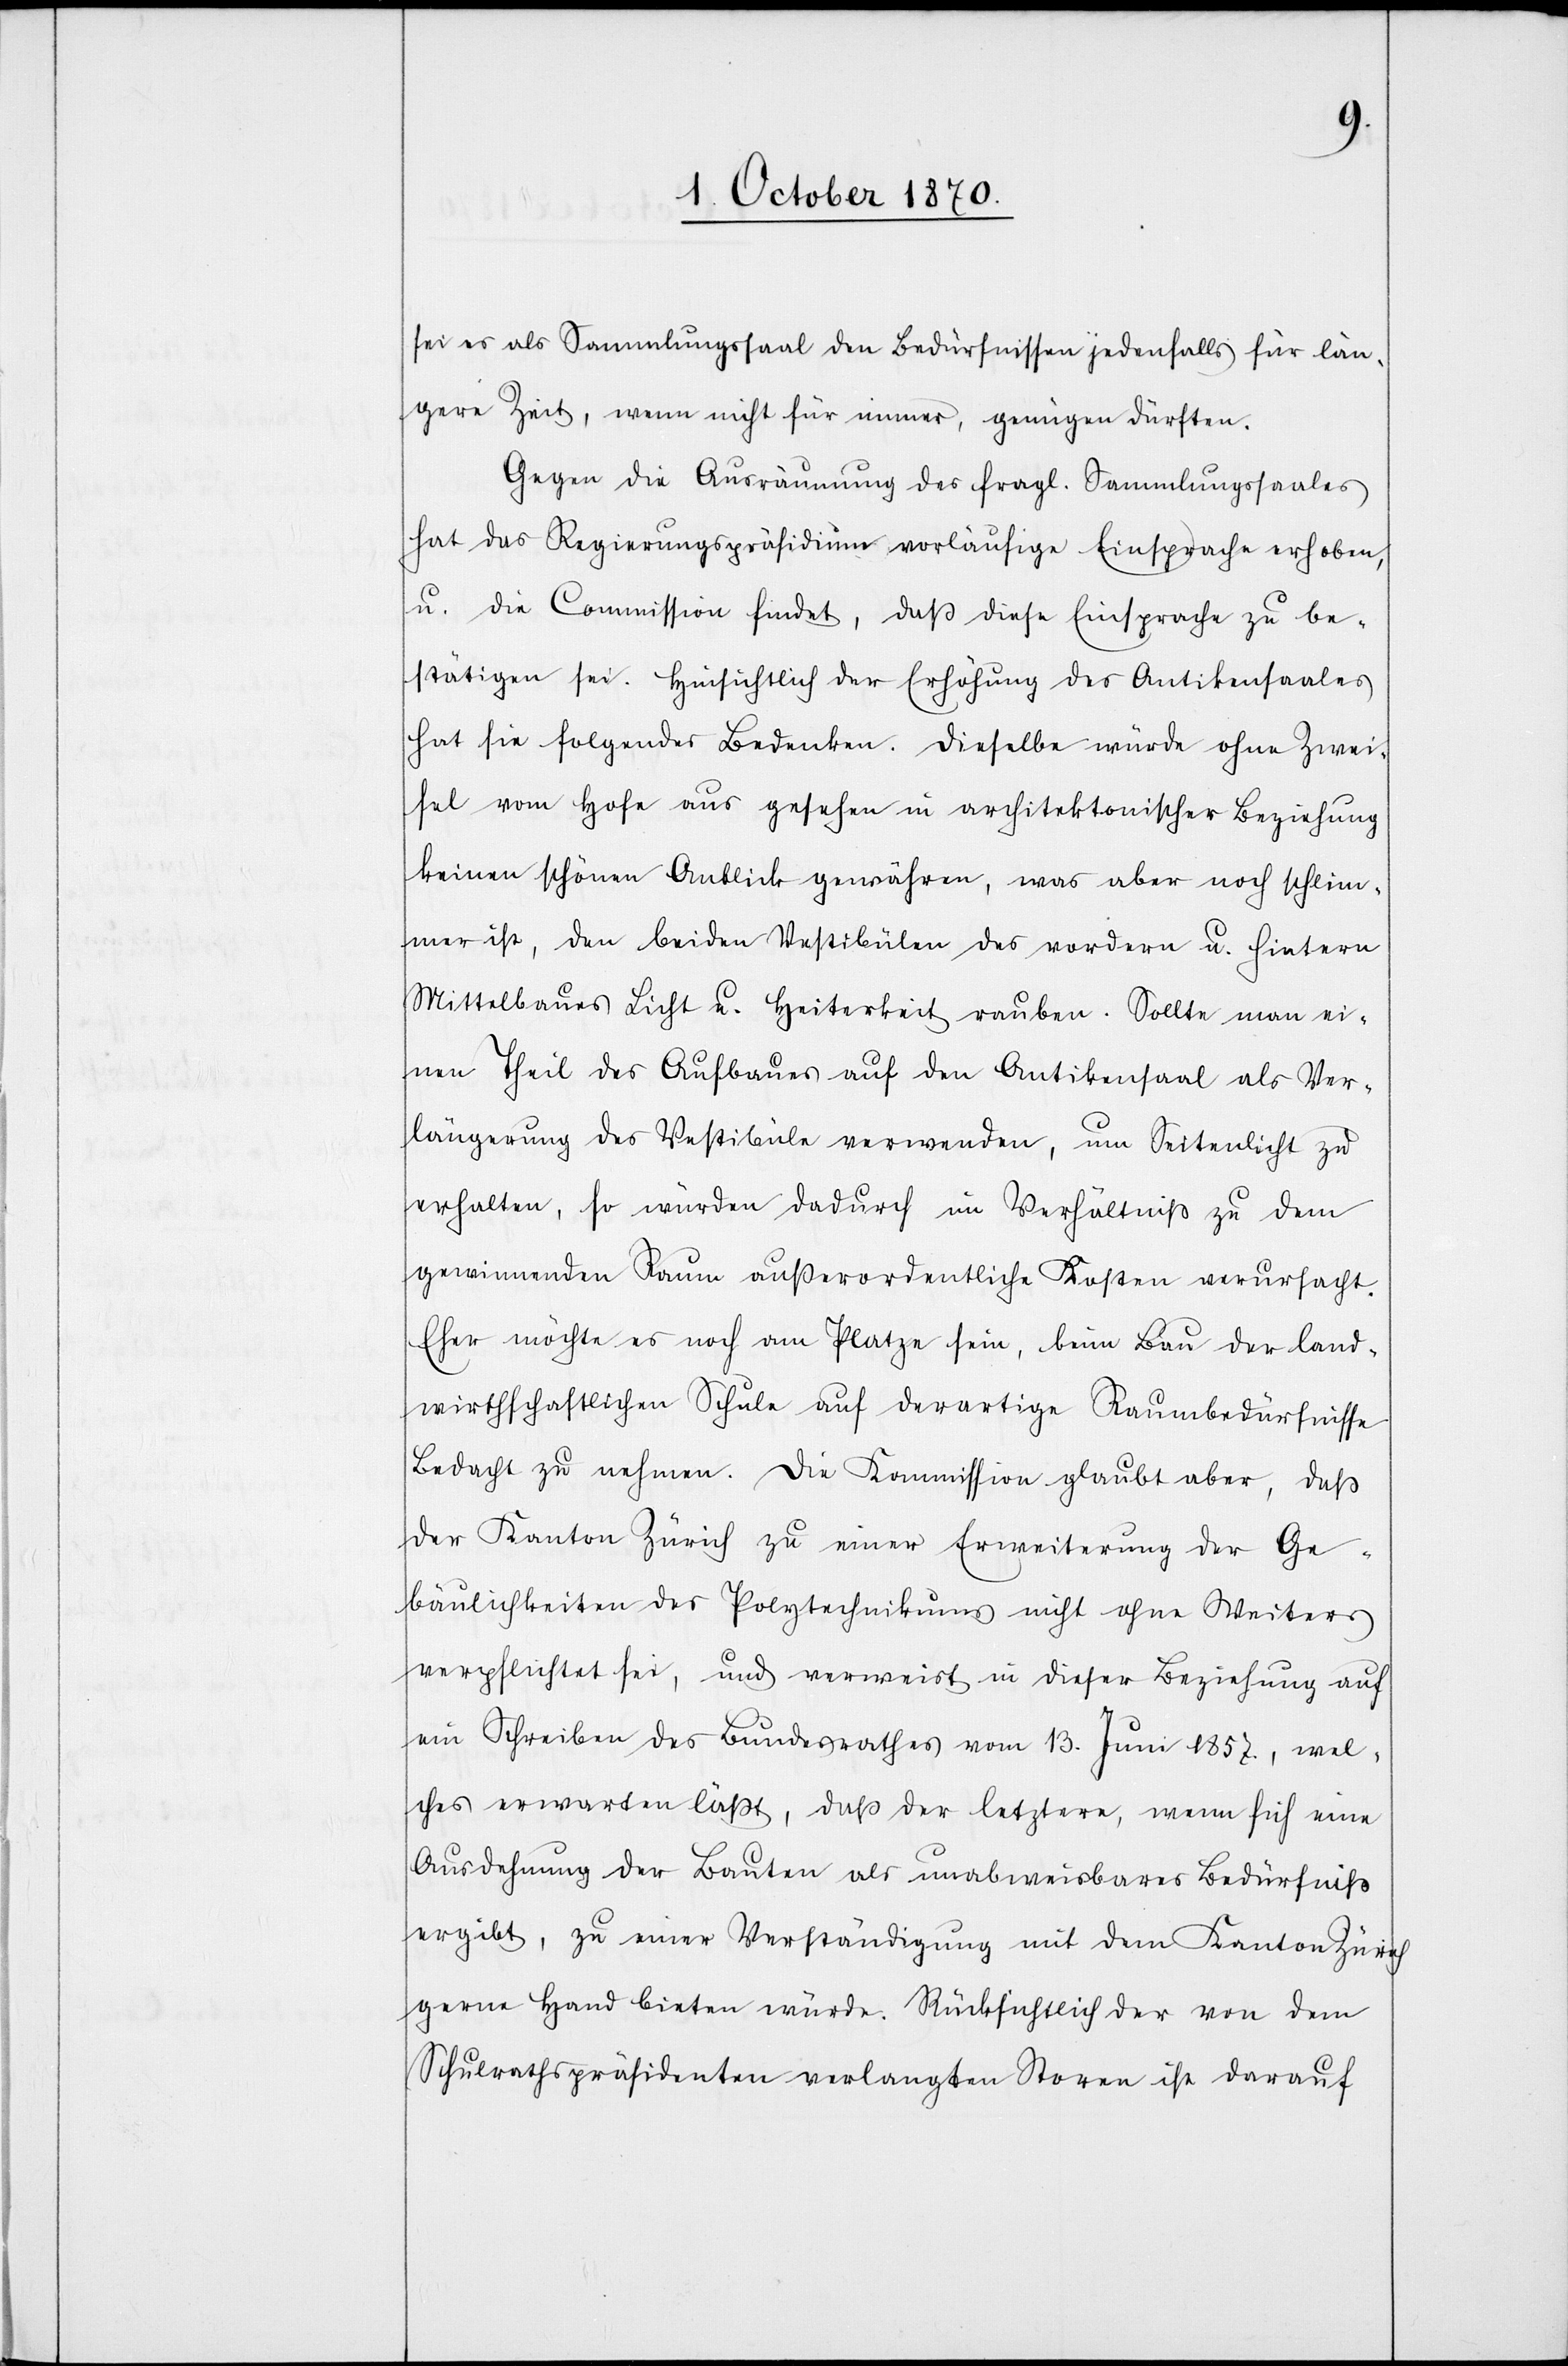
sei es als Sammlungssaal den Bedürfnissen jedenfalls für län¬
gere Zeit, wenn nicht für immer, genügen dürften.
Gegen die Ausräumung des fragl. Sammlungssaales
hat das Regierungspräsidium vorläufige Einsprache erhoben,
u. die Commission findet, daß diese Einsprache zu be¬
stätigen sei. Hinsichtlich der Erhöhung des Antikensaales
hat sie folgendes Bedenken: Dieselbe würde ohne Zwei¬
fel vom Hofe aus gesehen in architektonischer Beziehung
keinen schönen Anblick gewähren, was aber noch schlim¬
mer ist, den beiden Vestibülen des vordern u. hintern
Mittelbaues Licht u. Heiterkeit rauben. Sollte man ei¬
nen Theil des Aufbaues auf den Antikensaal als Ver¬
längerung der Vestibüle verwenden, um Seitenlicht zu
erhalten, so würden dadurch im Verhältniß zu dem
gewinnenden Raum außerordentliche Kosten verursacht.
Eher möchte es noch am Platze sein, beim Bau der land¬
wirthschaftlichen Schule auf derartige Raumbedürfnisse
Bedacht zu nehmen. Die Kommission glaubt aber, daß
der Kanton Zürich zu einer Erweiterung der Ge¬
bäulichkeiten des Polytechnikums nicht ohne Weiteres
verpflichtet sei, und verweist in dieser Beziehung auf
ein Schreiben des Bundesrathes vom 13. Juni 1857, wel¬
ches erwarten läßt, daß der letztere, wenn sich eine
Ausdehnung der Bauten als unabweisbares Bedürfniß
ergibt, zu einer Verständigung mit dem Kanton Zürich
gerne Hand bieten würde. Rücksichtlich der von dem
Schulrathspräsidenten verlangten Storen ist darauf